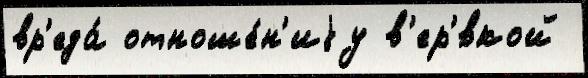
вр'еда́ отноше́н'иjу в'ер'́вкой